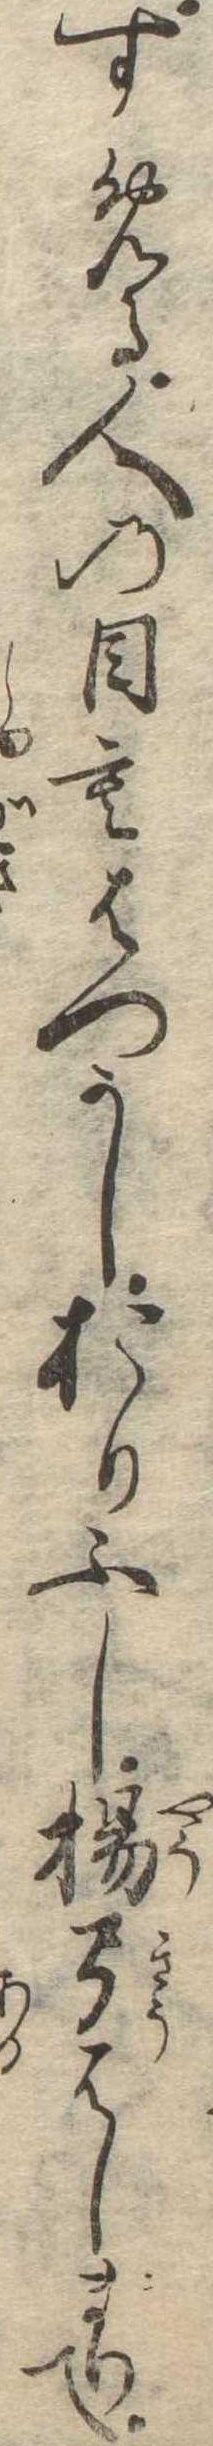
すめる人の目もはつかしおりふし楊弓はしまりて